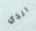
الذي